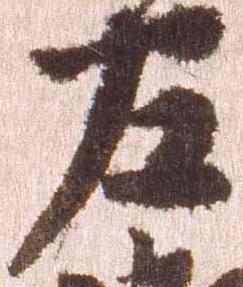
左